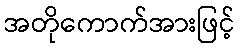
အတိုကောက်အားဖြင့်